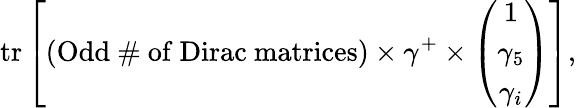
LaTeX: \mathrm{tr}\left[(\mathrm{Odd~\# ~of~Dirac~matrices})\times\gamma^{+}\times\left(\begin{array}{c}{{1}}\\ {{\gamma_{5}}}\\ {{\gamma_{i}}}\end{array}\right)\right],